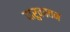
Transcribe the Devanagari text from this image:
दारुकावन